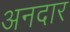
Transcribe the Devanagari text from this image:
अनदार